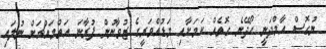
ނުގޮސް އާމްދަނީ ހޯދޭނެ ގޮތެއް ކަމަށާއި މަޑުއްވަރީގެ ޒުވާނުން ފުރާނަ އަތްމައްޗަށް ނުލައި